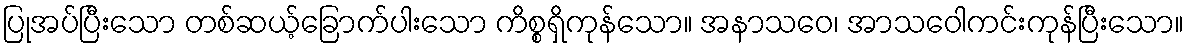
ပြုအပ်ပြီးသော တစ်ဆယ့်ခြောက်ပါးသော ကိစ္စရှိကုန်သော။ အနာသဝေ၊ အာသဝေါကင်းကုန်ပြီးသော။